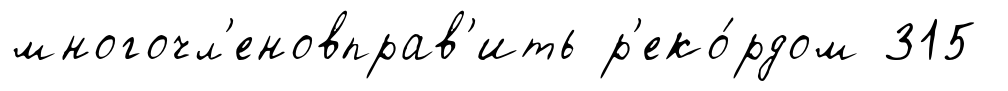
многочл'еновправ'ить р'еко́рдом 315